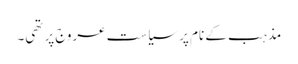
مذہب کے نام پر سیاست عروج پر تھی۔